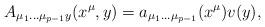
LaTeX: \begin{align*}A_{\mu_1\dots\mu_{p-1}y}(x^{\mu},y)=a_{\mu_1\dots\mu_{p-1}}(x^{\mu})v(y),\end{align*}